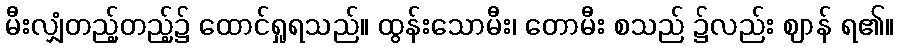
မီးလျှံတည့်တည့်၌ ထောင်ရှုရသည်။ ထွန်းသောမီး၊ တောမီး စသည် ၌လည်း ဈာန် ရ၏။